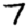
Digit: 7